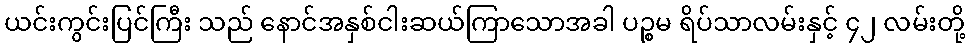
ယင်းကွင်းပြင်ကြီး သည် နောင်အနှစ်ငါးဆယ်ကြာသောအခါ ပဉ္စမ ရိပ်သာလမ်းနှင့် ၄၂ လမ်းတို့